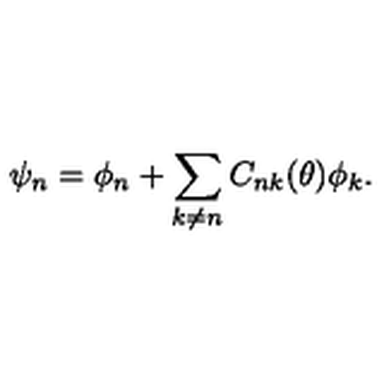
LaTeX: \psi _ { n } = \phi _ { n } + \sum _ { k \neq n } C _ { n k } ( \theta ) \phi _ { k } .